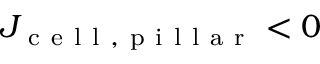
J _ { \mathrm { ~ c ~ e ~ l ~ l ~ , ~ p ~ i ~ l ~ l ~ a ~ r ~ } } < 0